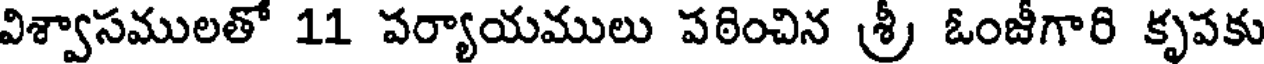
విశ్వాసములతో 11 పర్యాయములు పఠించిన శ్రీ ఓంజీగారి కృపకు